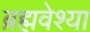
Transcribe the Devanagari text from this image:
ब्रह्मवेश्या